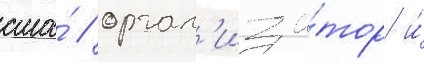
сша́ / орган'иза́тор и́